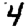
Digit: 4